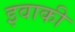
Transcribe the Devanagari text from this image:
इवाकी